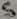
Text: 5